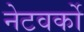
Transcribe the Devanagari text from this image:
नेटवर्को